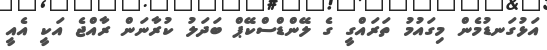
އަޅުގަނޑުމެން މިގައުމު ތަރައްގީ ގެ ލޭންޑްސްކޭޕް ބަދަލު ކުރާނަން ރާއްޖެ އަކީ އެއީ